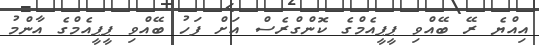
އިއްޔެ ރޭ ބޭއްވި ޕީޕީއެމްގެ ކޮންގްރެސް އަށް ފަހު ބޭއްވި ޕީޕީއެމްގެ އާންމު